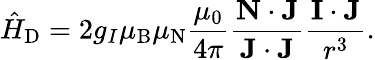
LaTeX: {\hat{H}}_{\mathrm{D}}=2g_{I}\mu_{\mathrm{B}}\mu_{\mathrm{N}}{\frac{\mu_{0}}{4\pi}}{\frac{\mathbf{N}\cdot\mathbf{J}}{\mathbf{J}\cdot\mathbf{J}}}{\frac{\mathbf{I}\cdot\mathbf{J}}{r^{3}}}.